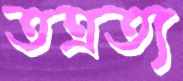
তত্রত্য